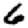
Digit: 6